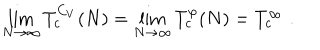
LaTeX: \lim _ { N \to \infty } T _ { c } ^ { C _ { V } } ( N ) = \lim _ { N \to \infty } T _ { c } ^ { \varphi } ( N ) = T _ { c } ^ { \infty } \, \, .